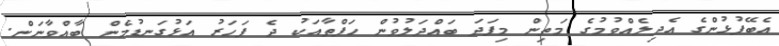
އެބޭފުޅުންގެ އެދިލެއްވުމުގެ މަތިން މިފަދަ ބައްދަލުވުން ހަފްތާއަކު ދެ ފަހަރު އަޅުގަނޑުމެން ބާއްވާނަން.